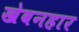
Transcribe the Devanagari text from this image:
खेवनहार